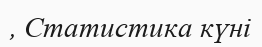
, Статистика күні